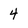
Character: 4